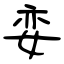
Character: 娈